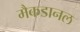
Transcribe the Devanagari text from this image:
मैकडानल